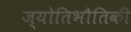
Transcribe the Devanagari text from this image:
ज्योतिभौतिकी